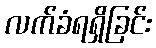
လက်ခံရရှိခြင်း